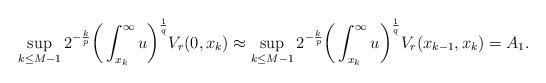
LaTeX: \begin{align*}\sup_{k \leq M-1} 2^{-\frac{k}{p}} \bigg( \int_{x_k}^{\infty} u \bigg)^{\frac{1}{q}} V_r(0,x_k) \approx \sup_{k \leq M-1} 2^{-\frac{k}{p}} \bigg( \int_{x_k}^{\infty} u \bigg)^{\frac{1}{q}} V_r(x_{k-1},x_k) = A_1.\end{align*}